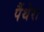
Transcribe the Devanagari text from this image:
पैंथेरा